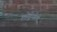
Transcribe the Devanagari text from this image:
लोद्गेपोले